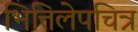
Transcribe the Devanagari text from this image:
भित्तिलेपचित्र